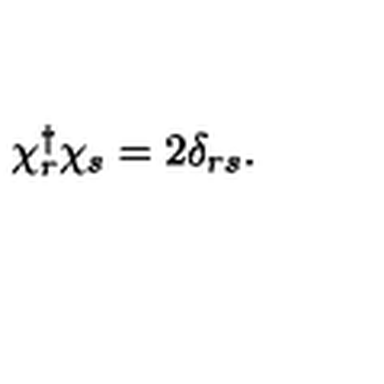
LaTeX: \chi _ { r } ^ { \dag } \chi _ { s } = 2 \delta _ { r s } .